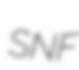
SNF